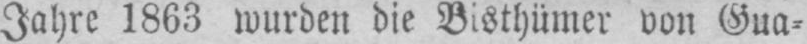
Jahre 1863 wurden die Bisthümer von Gua⸗